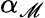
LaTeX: \alpha_{\mathscr{M}}